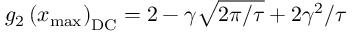
g _ { 2 } \left( x _ { \mathrm { m a x } } \right) _ { \mathrm { D C } } = 2 - \gamma \sqrt { 2 \pi / \tau } + 2 \gamma ^ { 2 } / \tau